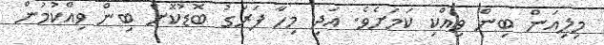
މިލިއަން ބިން ވިއްކި ކަމަށެވެ. އަދި މިހާ ފަރަގު ބޮޑުކޮށް ބިން ވިއްކުމުން